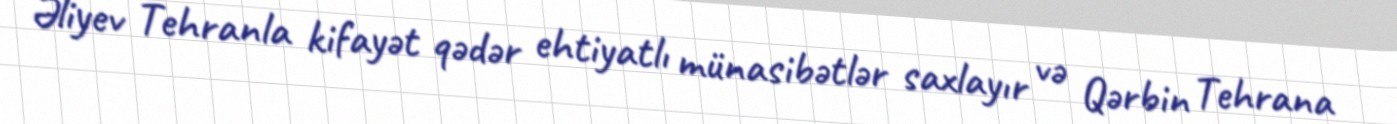
Əliyev Tehranla kifayət qədər ehtiyatlı münasibətlər saxlayır və Qərbin Tehrana